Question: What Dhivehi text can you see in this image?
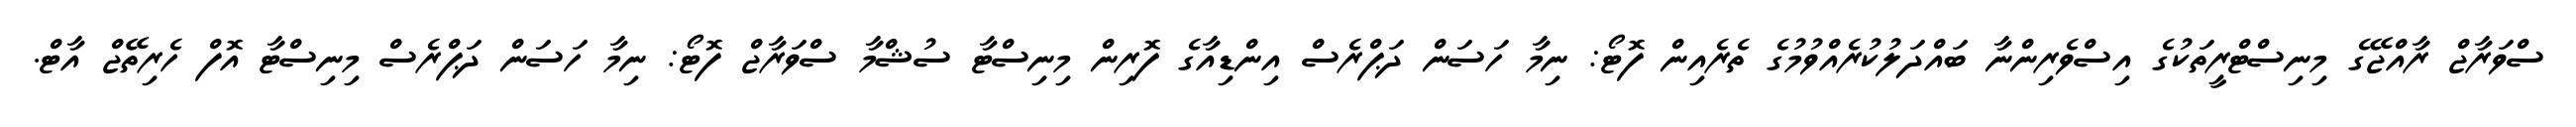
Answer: ސްވަރާޖް ރާއްޖޭގެ މިނިސްޓްރީތަކުގެ އިސްވެރިންނާ ބައްދަލުކުރެއްވުމުގެ ތެރެއިން ފޮޓޯ: ނިމާ ހަސަން ދަޕްރެސް އިންޑިއާގެ ފޮރިން މިނިސްޓާ ސުޝްމާ ސްވަރާޖް ފޮޓޯ: ނިމާ ހަސަން ދަޕްރެސް މިނިސްޓާ އޮފް ހެރިތޭޖް އާޓް.